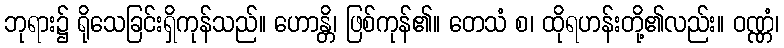
ဘုရား၌ ရိုသေခြင်းရှိကုန်သည်။ ဟောန္တိ၊ ဖြစ်ကုန်၏။ တေသံ စ၊ ထိုရဟန်းတို့၏လည်း။ ဝဏ္ဏံ၊